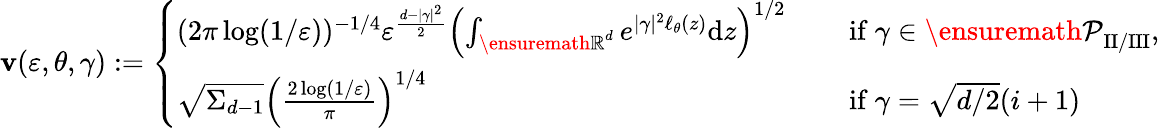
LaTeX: \mathbf{v}(\varepsilon,\theta,\gamma):=\left\{ \begin{array}{ll}{(2\pi\log(1/\varepsilon))^{-1/4}\varepsilon^{\frac{d-|\gamma|^{2}}{2}}\left(\int_{{\ensuremath{\mathbb R}}^{d}}e^{|\gamma|^{2}\ell_{\theta}(z)}\mathrm{d}z\right)^{1/2}\quad}&{\mathrm{~if~}\gamma\in{\ensuremath{\mathcal P}}_{\mathrm{II/III}},}\\ {\sqrt{\Sigma_{d-1}}\left(\frac{2\log(1/\varepsilon)}{\pi}\right)^{1/4}\quad}&{\mathrm{~if~}\gamma=\sqrt{d/2}(i+1)}\end{array}\right.